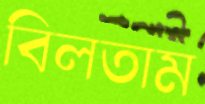
বিলতাম